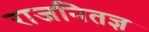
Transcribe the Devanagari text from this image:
राजनितज्ञ